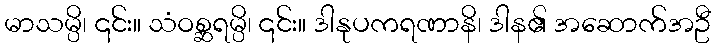
မာသမ္ပိ၊ ၎င်း။ သံဝစ္ဆရမ္ပိ၊ ၎င်း။ ဒါနုပကရဏာနိ၊ ဒါန၏ အဆောက်အဦ